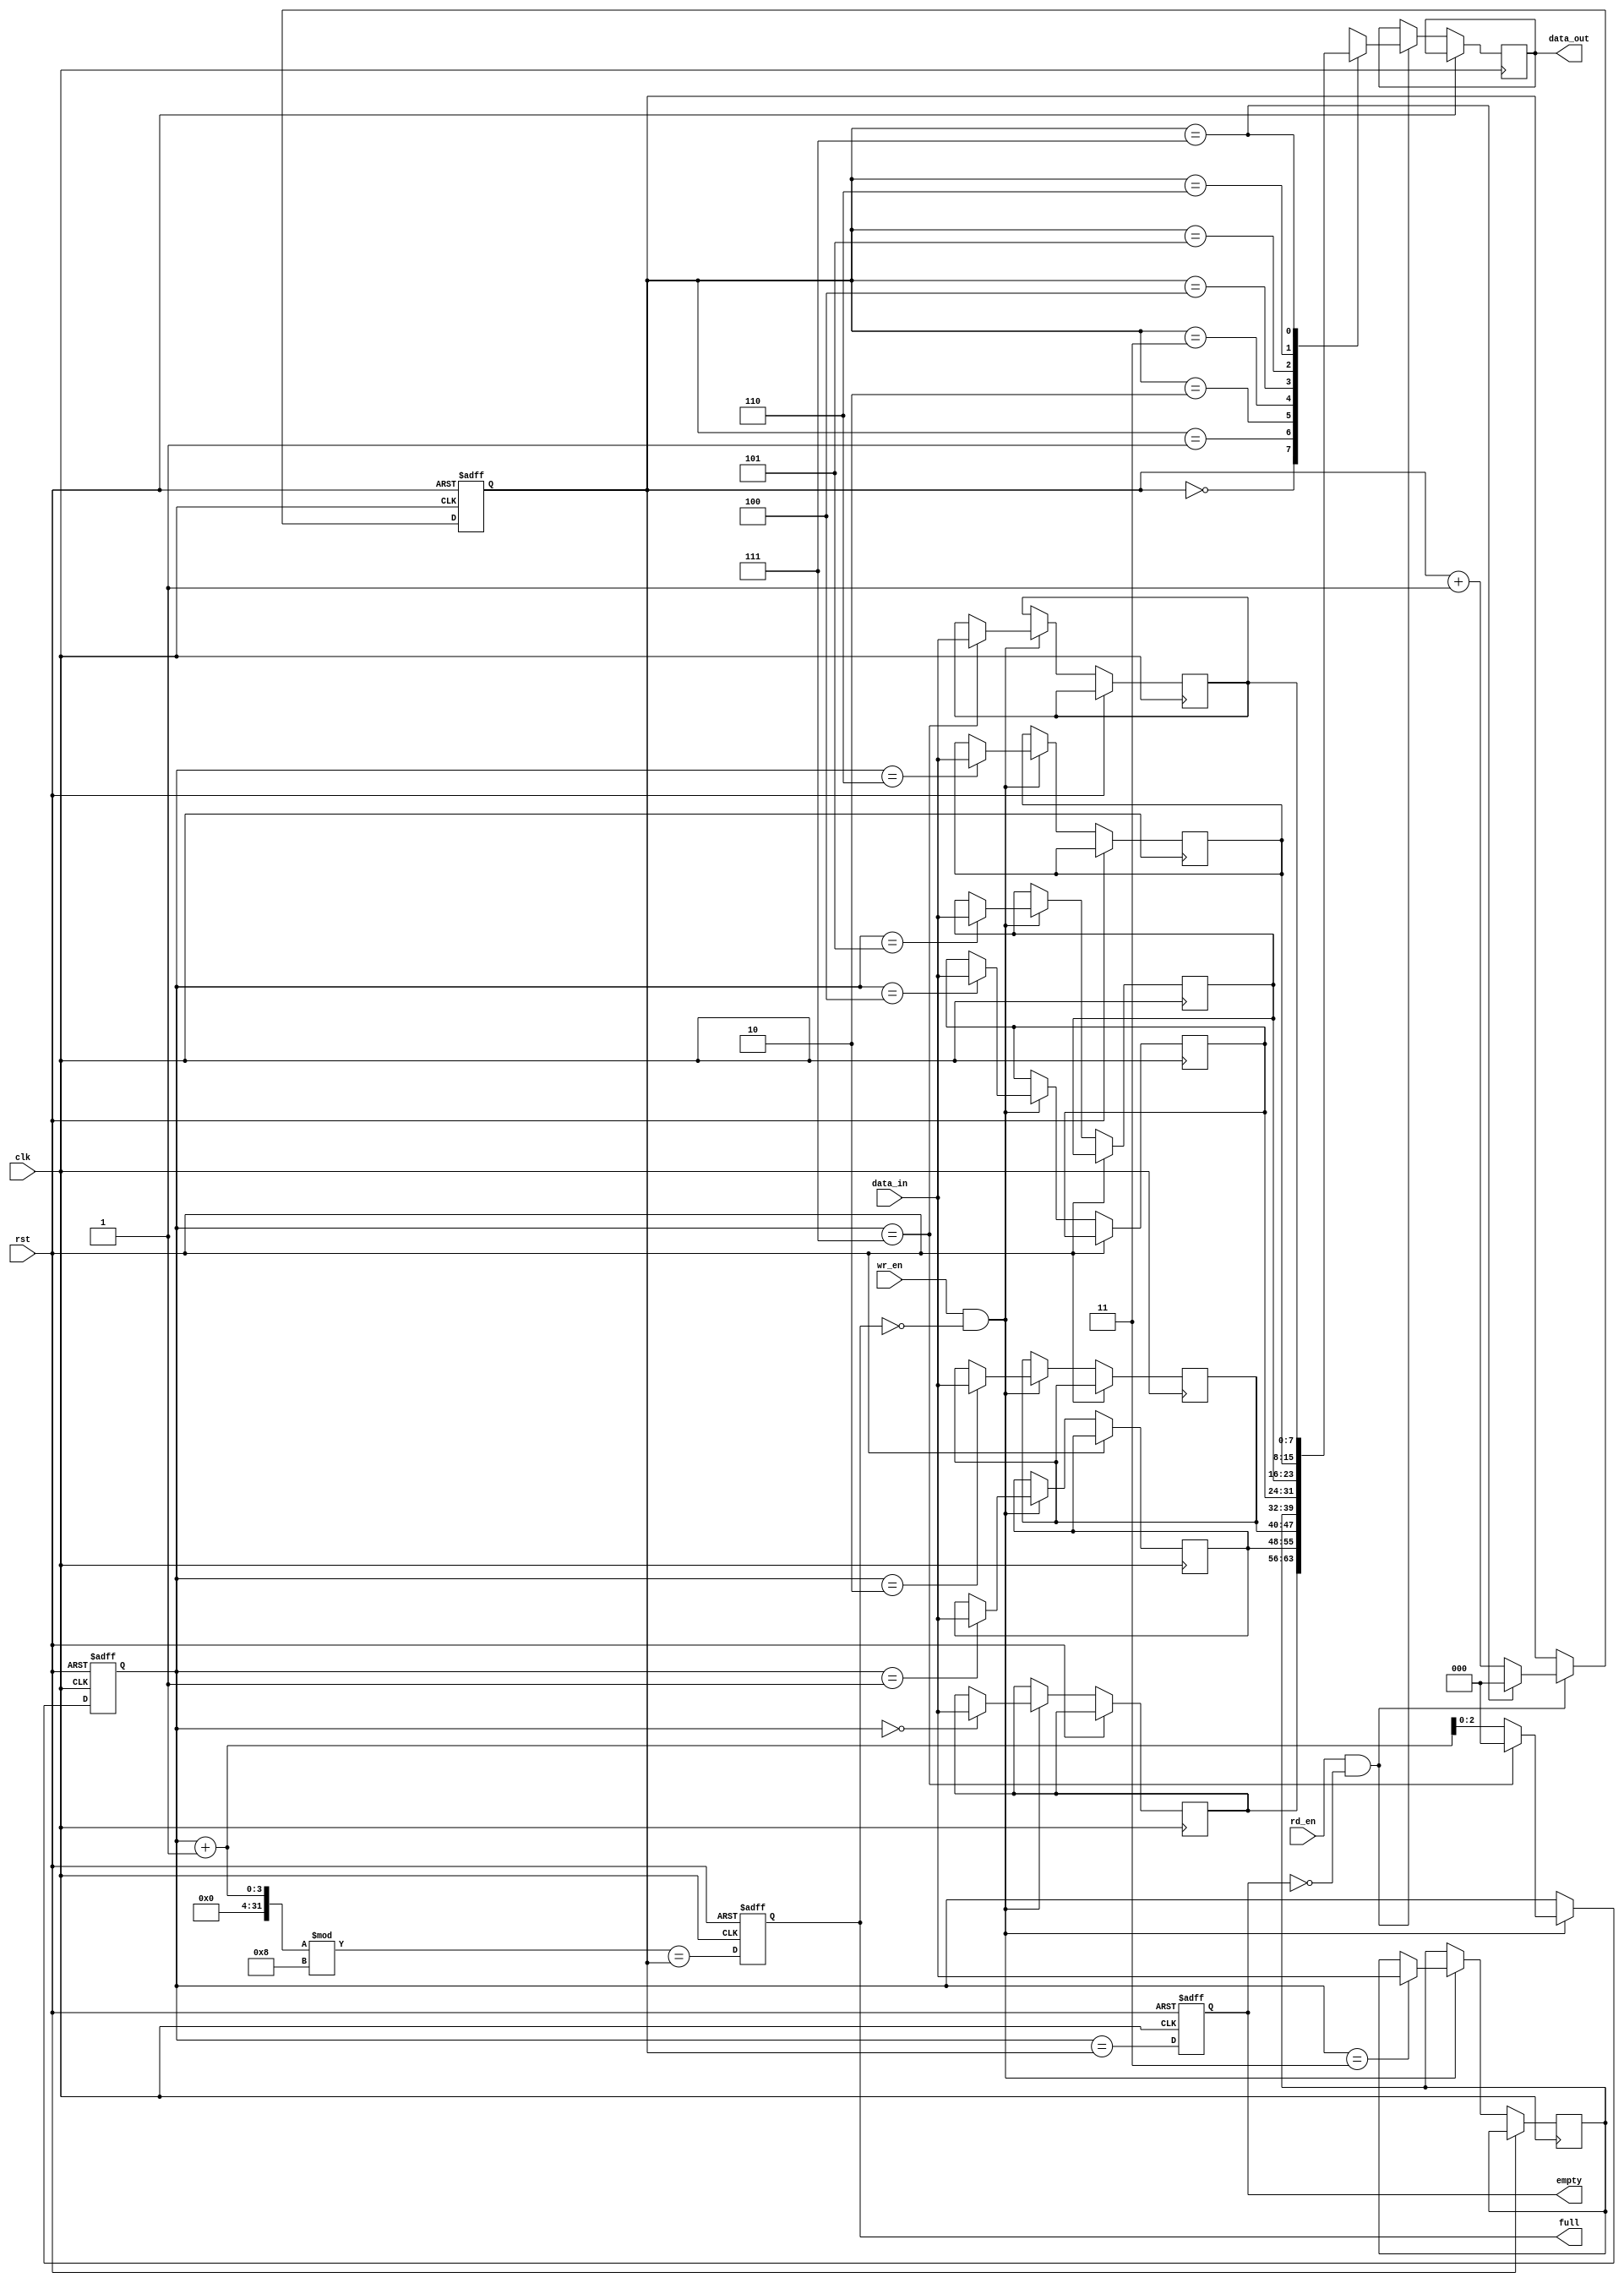
module fifo (
    input wire clk,
    input wire rst,
    input wire wr_en,
    input wire rd_en,
    input wire [DATA_WIDTH-1:0] data_in,
    output wire [DATA_WIDTH-1:0] data_out,
    output wire empty,
    output wire full
);

parameter FIFO_DEPTH = 8;
parameter DATA_WIDTH = 8;
parameter ADDR_WIDTH = $clog2(FIFO_DEPTH);

reg [DATA_WIDTH-1:0] fifo_mem [0:FIFO_DEPTH-1];
reg [ADDR_WIDTH-1:0] wr_ptr, rd_ptr;

integer i;

always @ (posedge clk or posedge rst)
begin
    if (rst)
    begin
        wr_ptr <= 0;
        rd_ptr <= 0;
        empty <= 1;
        full <= 0;
    end
    else
    begin
        if (wr_en && !full)
        begin
            fifo_mem[wr_ptr] <= data_in;
            wr_ptr <= wr_ptr + 1;
            if (wr_ptr == FIFO_DEPTH-1)
                wr_ptr <= 0;
        end
        
        if (rd_en && !empty)
        begin
            data_out <= fifo_mem[rd_ptr];
            rd_ptr <= rd_ptr + 1;
            if (rd_ptr == FIFO_DEPTH-1)
                rd_ptr <= 0;
        end
        
        empty <= (wr_ptr == rd_ptr);
        full <= ((wr_ptr + 1) % FIFO_DEPTH == rd_ptr);
    end
end

endmodule